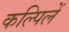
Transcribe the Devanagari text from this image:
कल्पिलें